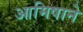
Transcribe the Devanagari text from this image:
आमिषाने